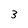
Character: 3